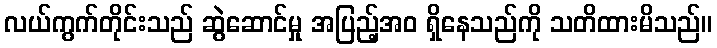
လယ်ကွက်တိုင်းသည် ဆွဲဆောင်မှု အပြည့်အဝ ရှိနေသည်ကို သတိထားမိသည်။